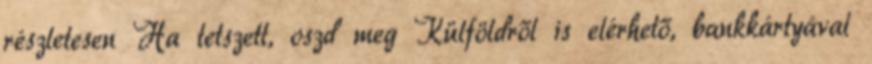
részletesen Ha tetszett, oszd meg Külföldről is elérhető, bankkártyával